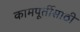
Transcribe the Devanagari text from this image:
कामपूर्तीसाठी